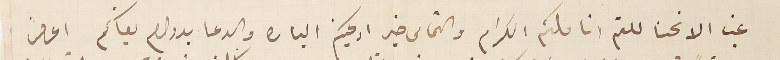
غب الانحنا للثم اناملكم الكرام والتماس خير ادعيتكم الباره والدعا بدوام بقاكم اعرض